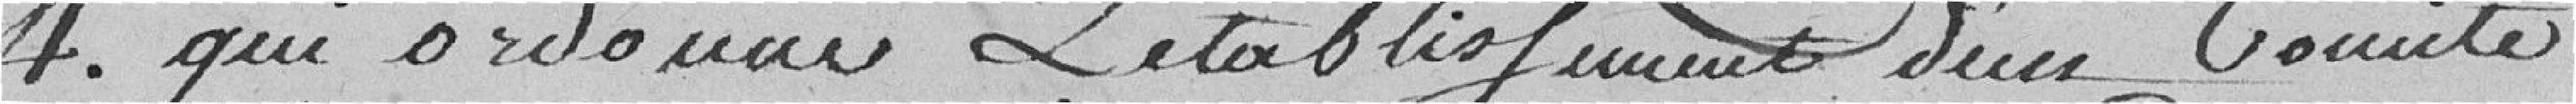
4 . qui ordonne L'establissement d'un Comité